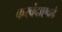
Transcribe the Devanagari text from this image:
करवंदाएवढे